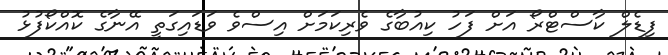
ފިޑެލް ކާސްޓްރޯ އަށް ފަހު ކިއުބާގެ ވެރިކަމަށް އިސްވެ ވަޑައިގަތީ އޭނާގެ ކޮއްކޯފުޅު